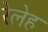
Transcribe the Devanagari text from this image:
रेलेह